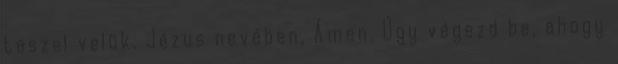
teszel velük. Jézus nevében, Ámen. Úgy végezd be, ahogy